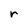
Character: r